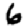
Digit: 6